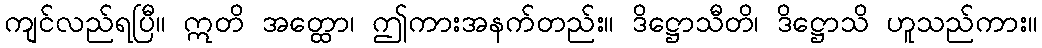
ကျင်လည်ရပြီ။ ဣတိ အတ္ထော၊ ဤကားအနက်တည်း။ ဒိဋ္ဌောသီတိ၊ ဒိဋ္ဌောသိ ဟူသည်ကား။